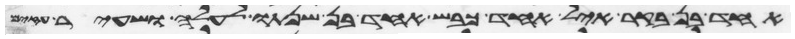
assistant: אחד בן בקר איל אחד כבש אחד בן שנתו לעלה ושעיר